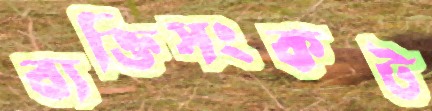
ব্যক্তিসংকট